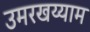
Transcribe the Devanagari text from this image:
उमरखय्याम